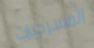
المسرحيات